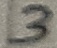
Text: 3